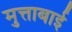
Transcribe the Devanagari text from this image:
मुत्ताबाई